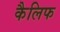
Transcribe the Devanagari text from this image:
कैलिफ